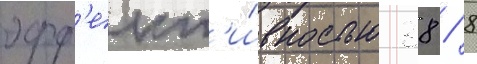
эфф'ект'и́вностью 38 / 8